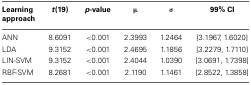
| Learning approach | t(19) | p-value | μ | σ | 99% CI |
 | --- | --- | --- | --- | --- | --- |
 | ANN | 8.6091 | <0.001 | 2.3993 | 1.2464 | [3.1967, 1.6020] |
 | LDA | 9.3152 | <0.001 | 2.4695 | 1.1856 | [3.2279, 1.7110] |
 | LIN-SVM | 9.3152 | <0.001 | 2.4044 | 1.0390 | [3.0691, 1.7398] |
 | RBF-SVM | 8.2681 | <0.001 | 2.1190 | 1.1461 | [2.8522, 1.3858] |